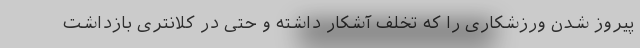
پیروز شدن ورزشکاری را که تخلف آشکار داشته و حتی در کلانتری بازداشت